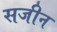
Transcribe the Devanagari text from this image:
सजीन